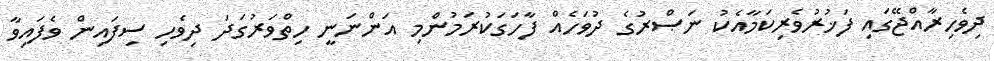
ދިވެހިރާއްޖޭގައި ފަޚުރުވެރިކަމާއެކު ނަޞްރުގެ ދުވަހެއް ފާހަގަކުރަމުންމި އަންނަނީ ހިތްވަރުގަދަ ދިވެހި ސިފައިން ވެފައިވާ